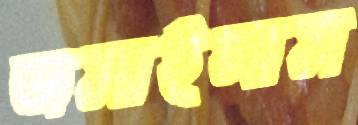
জমাইলাম